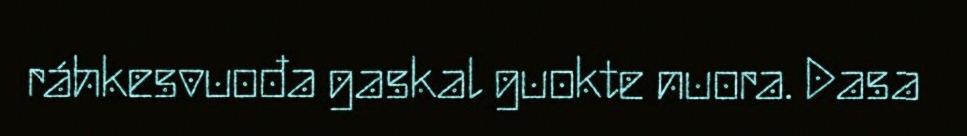
ráhkesvuođa gaskal guokte nuora. Dasa